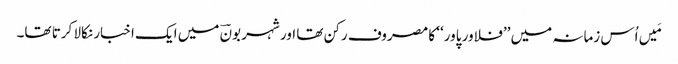
مَیں اُس زمانہ میں ’’فلاور پاور‘‘ کا مصروف رکن تھا اور شہر بونؔ میں ایک اخبار نکالا کرتا تھا۔